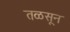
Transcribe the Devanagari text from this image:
तळसून